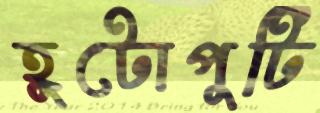
হুটোপুটি